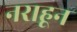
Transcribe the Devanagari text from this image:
नराहून